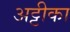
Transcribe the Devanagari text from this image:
अट्टीका